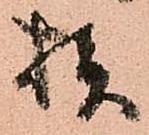
様